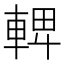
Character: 𨌦